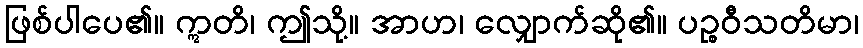
ဖြစ်ပါပေ၏။ ဣတိ၊ ဤသို့။ အာဟ၊ လျှောက်ဆို၏။ ပဉ္စဝီသတိမာ၊